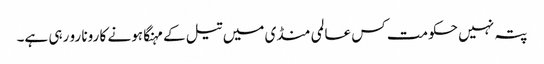
پتہ نہیں حکومت کس عالمی منڈی میں تیل کے مہنگا ہونے کا رونا رو رہی ہے۔